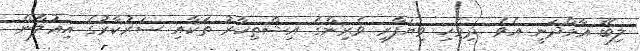
ލިބޭ އާމްދަނީ އެވެ .ދިވެހި ވިޔަފާރި ވެރިންގެ އިޝްތިހާރު ތަކާއި ސަރުކާރުގެ އިޢުލާން